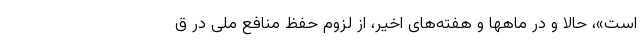
است»، حالا و در ماهها و هفته‌های اخیر، از لزوم حفظ منافع ملی در ق